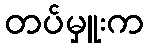
တပ်မှူးက